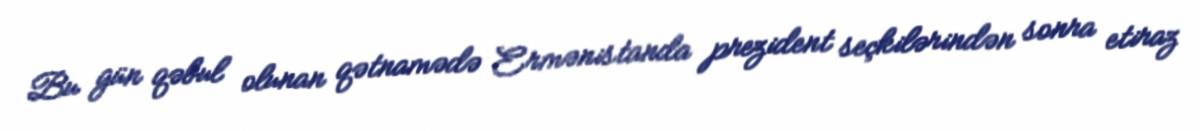
Bu gün qəbul olunan qətnamədə Ermənistanda prezident seçkilərindən sonra etiraz